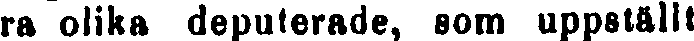
ra olika deputerade, som uppställt